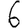
Digit: 6